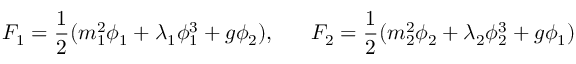
F _ { 1 } = \frac { 1 } { 2 } ( m _ { 1 } ^ { 2 } \phi _ { 1 } + \lambda _ { 1 } \phi _ { 1 } ^ { 3 } + g \phi _ { 2 } ) , \; \; \; \; \; \; F _ { 2 } = \frac { 1 } { 2 } ( m _ { 2 } ^ { 2 } \phi _ { 2 } + \lambda _ { 2 } \phi _ { 2 } ^ { 3 } + g \phi _ { 1 } )